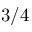
3 / 4